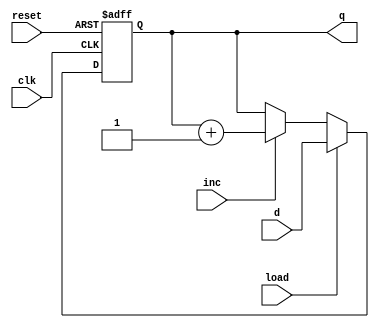
module counter(clk,reset,load,inc,d,q);

parameter N = 16;

input clk,reset,load,inc;
input [N-1:0] d;
output [N-1:0] q;
reg [N-1:0] q;

always @(posedge clk or negedge reset)
	// when reset = 0, do reset.
	if(!reset) q <= 0;
	else if(load) q <= d;
	else if(inc) q <= q+1;
endmodule